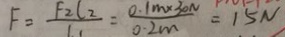
F = \frac { F _ { 2 } l _ { 2 } } { l _ { 1 } } = \frac { 0 . 1 m \times 3 0 N } { 0 . 2 m } = 1 5 N